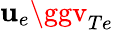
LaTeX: \mathbf{u}_{e}\ggv_{Te}